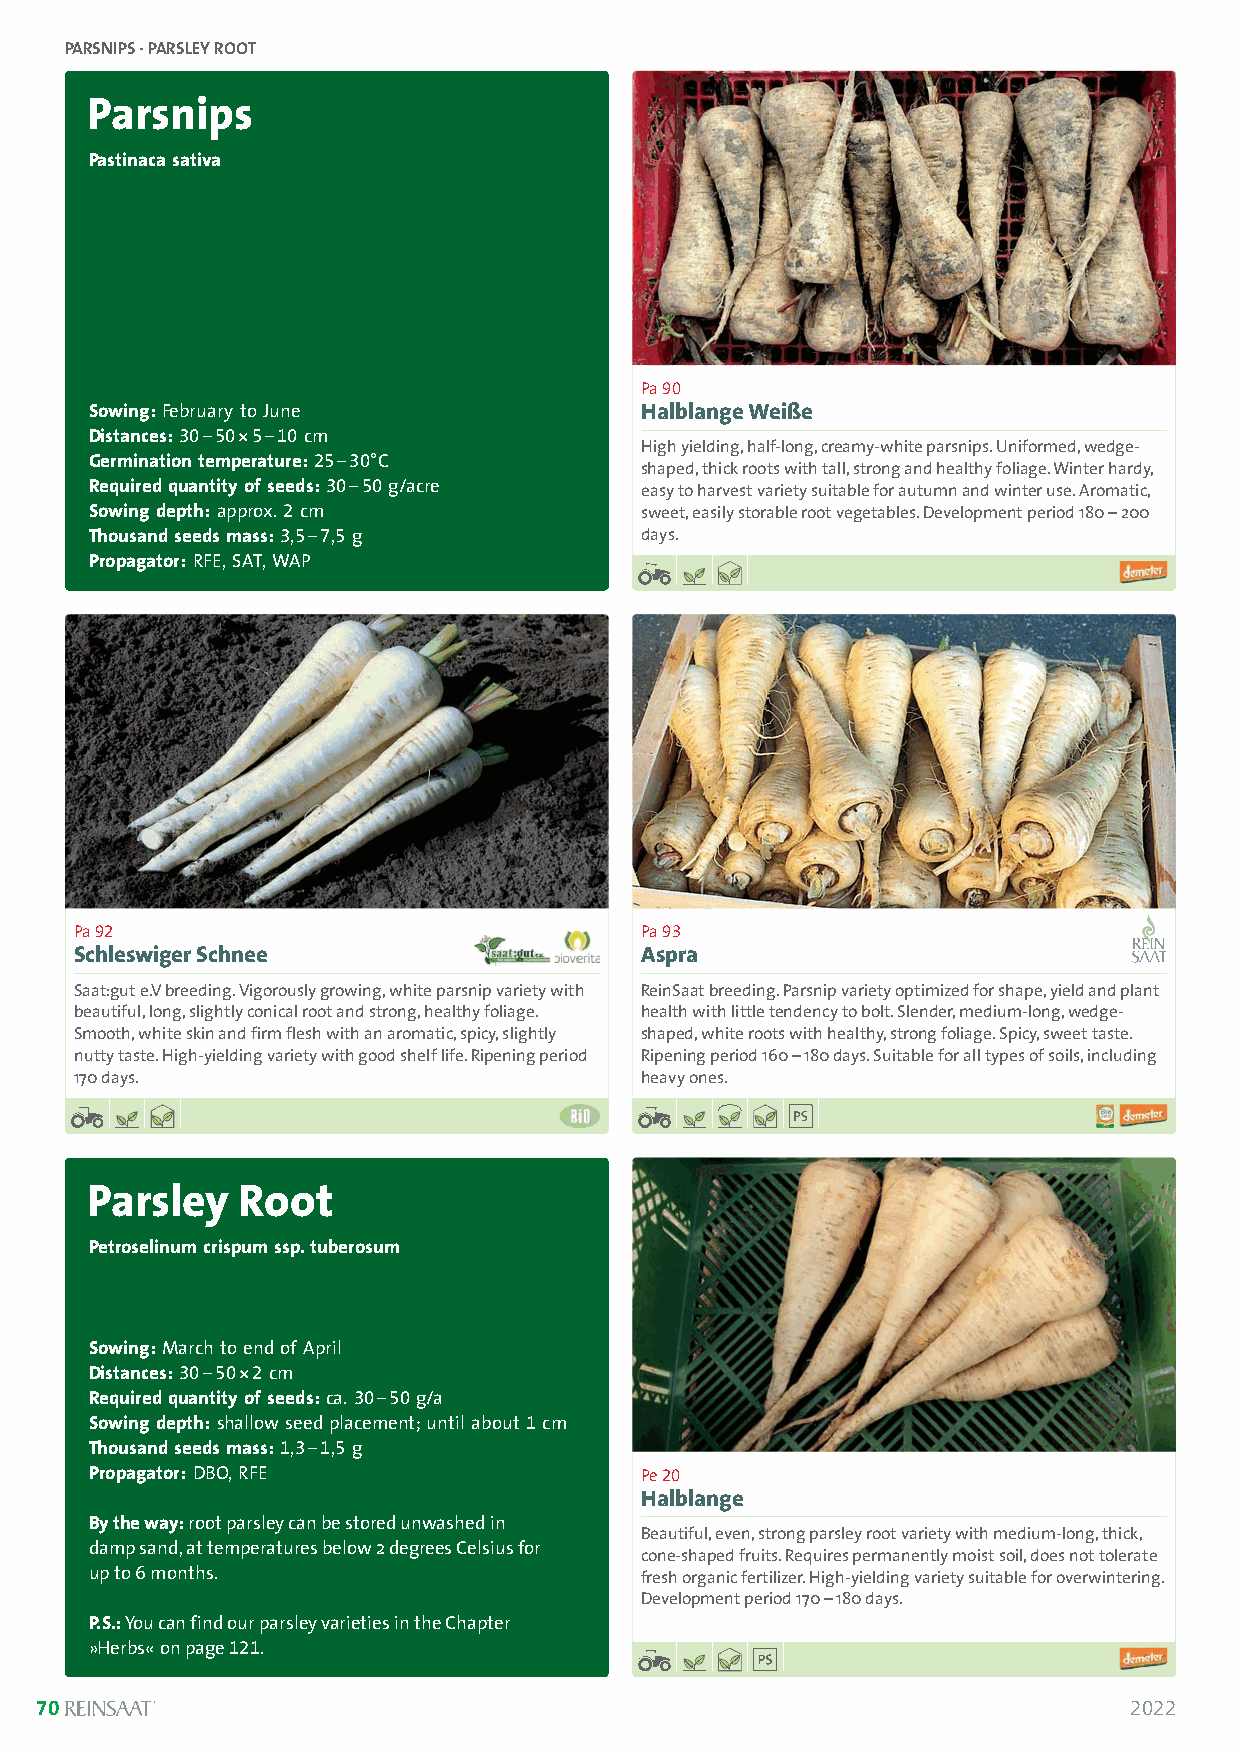
PARSNIPS · PARSLEY ROOT
 Parsnips
 Pastinaca sativa
 Pa 90
 Sowing:February to June             Halblange Weiße
 Distances:30–50*5–10 cm
 High yielding, half-long, creamy-white parsnips. Uniformed, wedge-
 Germination temperature: 25–30°C
 shaped, thick roots with tall, strong and healthy foliage. Winter hardy,
 Required quantity of seeds:30–50g/acre easy to harvest variety suitable for autumn and winter use. Aromatic,
 Sowing depth:approx. 2 cm           sweet, easily storable root vegetables. Development period 180 –200
 Thousand seeds mass:3,5–7,5 g       days.
 Propagator:RFE, SAT, WAP
 Pa 92                                Pa 93
 Schleswiger Schnee                   Aspra
 Saat:gut e.V breeding. Vigorously growing, white parsnip variety with ReinSaat breeding. Parsnip variety optimized for shape, yield and plant
 beautiful, long, slightly conical root and strong, healthy foliage. health with little tendency to bolt. Slender, medium-long, wedge-
 Smooth, white skin and firm flesh with an aromatic, spicy, slightly shaped, white roots with healthy, strong foliage. Spicy, sweet taste.
 nutty taste. High-yielding variety with good shelf life. Ripening period Ripening period 160 –180 days. Suitable for all types of soils, including
 170 days.                            heavy ones.
 Parsley   Root
 Petroselinum crispum ssp. tuberosum
 Sowing:March to end of April
 Distances:30–50*2cm
 Required quantity of seeds:ca. 30–50g/a
 Sowing depth:shallow seed placement; until about 1 cm
 Thousand seeds mass:1,3–1,5 g
 Propagator:DBO, RFE                 Pe 20
 Halblange
 By the way:root parsley can be stored unwashed in
 Beautiful, even, strong parsley root variety with medium-long, thick,
 damp sand, at temperatures below 2 degrees Celsius for
 cone-shaped fruits. Requires permanently moist soil, does not tolerate
 up to 6 months.                     fresh organic fertilizer. High-yielding variety suitable for overwintering.
 Development period 170 –180 days.
 P.S.: You can find our parsley varieties in the Chapter
 »Herbs« on page 121.
 70                                                                       2022